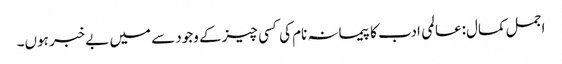
اجمل کمال:عالمی ادب کا پیمانہ نام کی کسی چیز کے وجود سے میں بےخبر ہوں۔